Indian journal of veterinary science and animal husbandry - Volumes 22-23, 1952-1953
Year: 1952
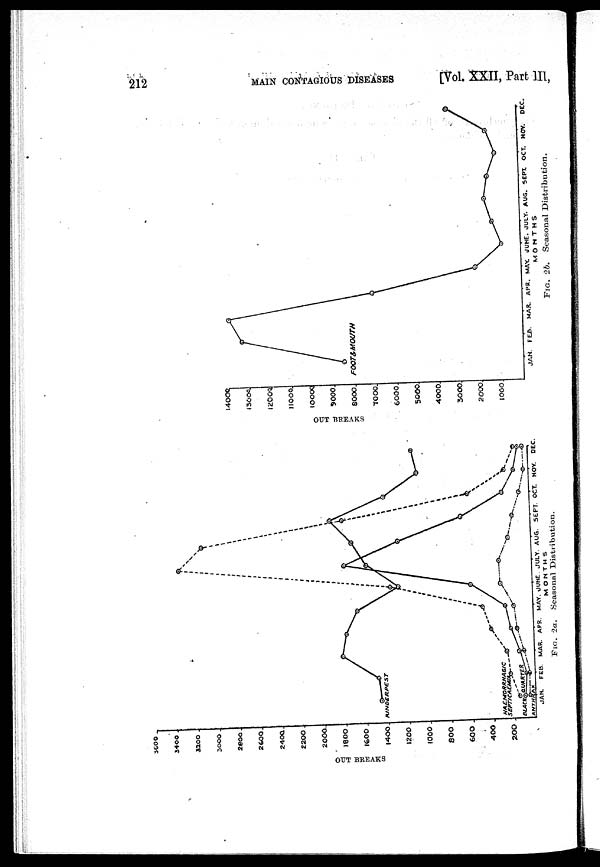
212
MAIN
CONTAGIOUS
DISEASES
[Vol. XXII, Part III,
FIG. 2a. Seasonal Distribution.
FIG. 2b. Seasonal Distribution.